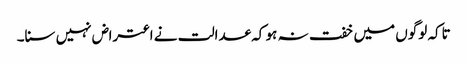
تاکہ لوگوں میں خفت نہ ہو کہ عدالت نے اعتراض نہیں سنا۔